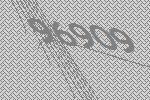
96909